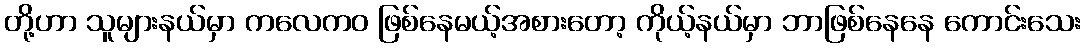
တို့ဟာ သူများနယ်မှာ ကလေကဝ ဖြစ်နေမယ့်အစားတော့ ကိုယ့်နယ်မှာ ဘာဖြစ်နေနေ ကောင်းသေး